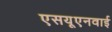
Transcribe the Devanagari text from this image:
एसयूएनवाई